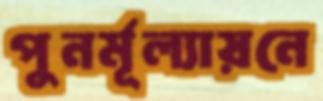
পুনর্মূল্যায়নে